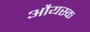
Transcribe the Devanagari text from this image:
औयस्क